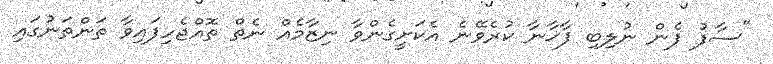
"ސާފު ފެން ނުލިބި ފާޚާނާ ކުރެވޭނެ އެކަށީގެންވާ ނިޒާމެއް ނެތް ތޮއްޖެހިފައިވާ ތަންތަނުގައި